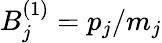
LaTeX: B_{j}^{(1)}=p_{j}/m_{j}